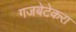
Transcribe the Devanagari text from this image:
गजबेटेकरा